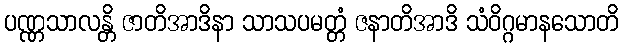
ပဏ္ဏသာလန္တိ ဇာတိအာဒိနာ သာသပမတ္တံ ဇနာတိအာဒိ သံဝိဂ္ဂမာနသောတိ